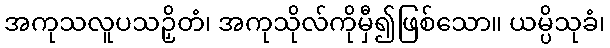
အကုသလူပသဉှိတံ၊ အကုသိုလ်ကိုမှီ၍ဖြစ်သော။ ယမ္ပိသုခံ၊